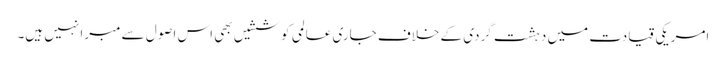
امریکی قیادت میں دہشت گردی کے خلاف جاری عالمی کوششیں بھی اس اصول سے مبرا نہیں ہیں۔